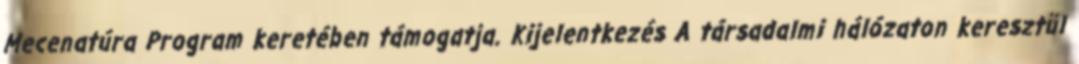
Mecenatúra Program keretében támogatja. Kijelentkezés A társadalmi hálózaton keresztül